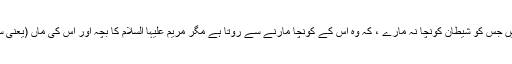
1619: سیدنا ابو ہریرہؓ سے روایت ہے کہ رسول اللہﷺ نے فرمایا: کوئی بچہ ایسا نہیں جس کو شیطان کونچا نہ مارے ، کہ وہ اس کے کونچا مارنے سے روتا ہے مگر مریم علیہا السلام کا بچہ اور اس کی ماں (یعنی سیدنا عیسیٰؑ اور ان کی والدہ سیدہ مریم علیہا السلام کہ ان کو شیطان کونچا نہ دے سکا)۔